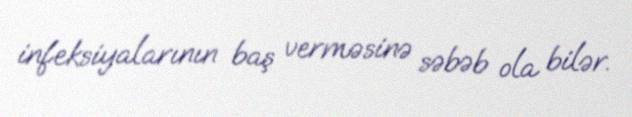
infeksiyalarının baş verməsinə səbəb ola bilər.